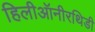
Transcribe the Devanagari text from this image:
हिलीऑनीरथिडी